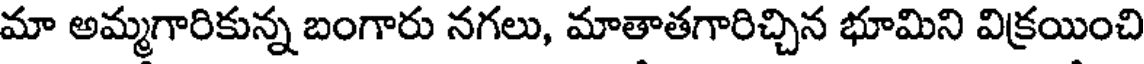
మా అమ్మగారికున్న బంగారు నగలు, మాతాతగారిచ్చిన భూమిని విక్రయించి